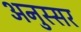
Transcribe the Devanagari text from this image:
अनुस्सर